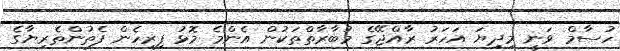
ހުސާމް ވަނީ މިދިޔަ އަހަރު ރާއްޖޭގެ މުބާރާތްތަކުން އެންމެ މޮޅު ފިރިހެން ފެތުންތެރިޔާގެ